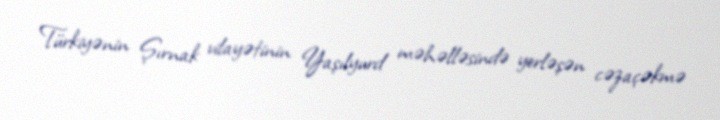
Türkiyənin Şırnak vilayətinin Yaşılyurd məhəlləsində yerləşən cəzaçəkmə